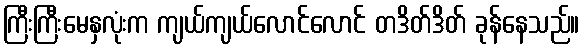
ကြီးကြီးမေနှလုံးက ကျယ်ကျယ်လောင်လောင် တဒိတ်ဒိတ် ခုန်နေသည်။